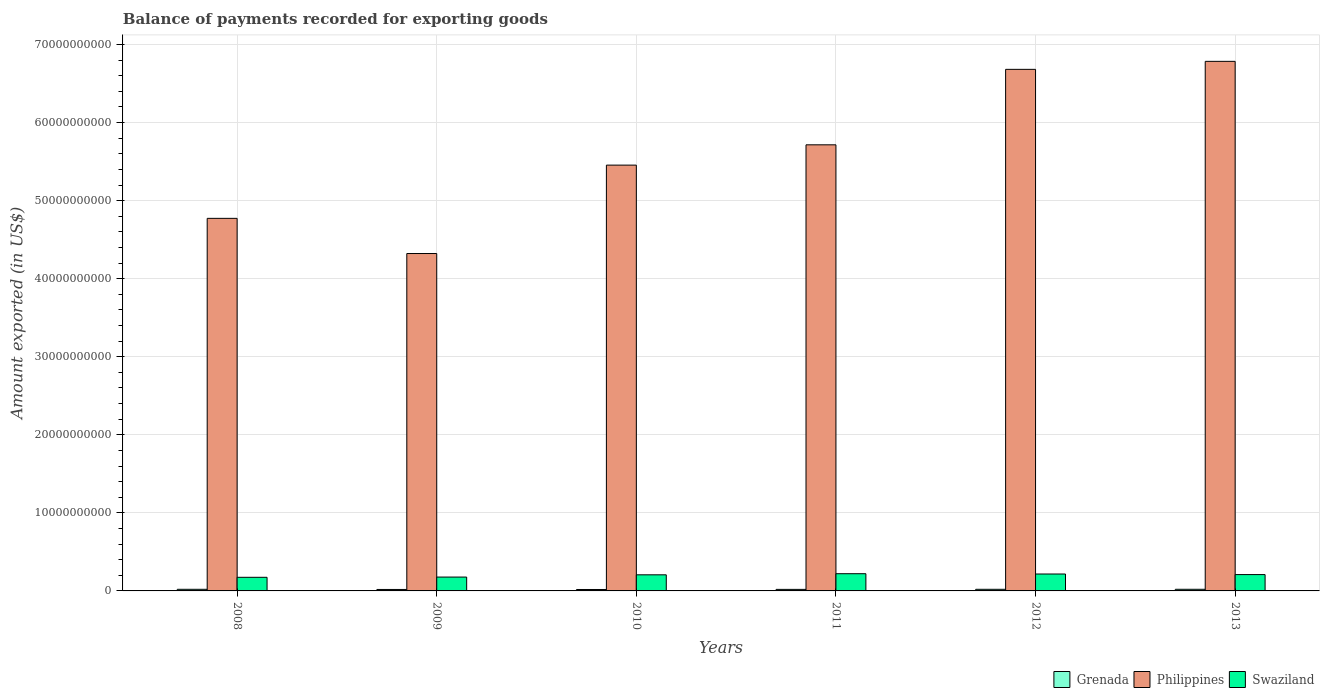
| Years | Grenada | Philippines | Swaziland |
 | --- | --- | --- | --- |
 | 2008 | 2.08e+08 | 4.77e+10 | 1.74e+09 |
 | 2009 | 1.87e+08 | 4.32e+10 | 1.78e+09 |
 | 2010 | 1.84e+08 | 5.46e+10 | 2.06e+09 |
 | 2011 | 1.96e+08 | 5.72e+10 | 2.21e+09 |
 | 2012 | 2.06e+08 | 6.68e+10 | 2.17e+09 |
 | 2013 | 2.1e+08 | 6.78e+10 | 2.09e+09 |